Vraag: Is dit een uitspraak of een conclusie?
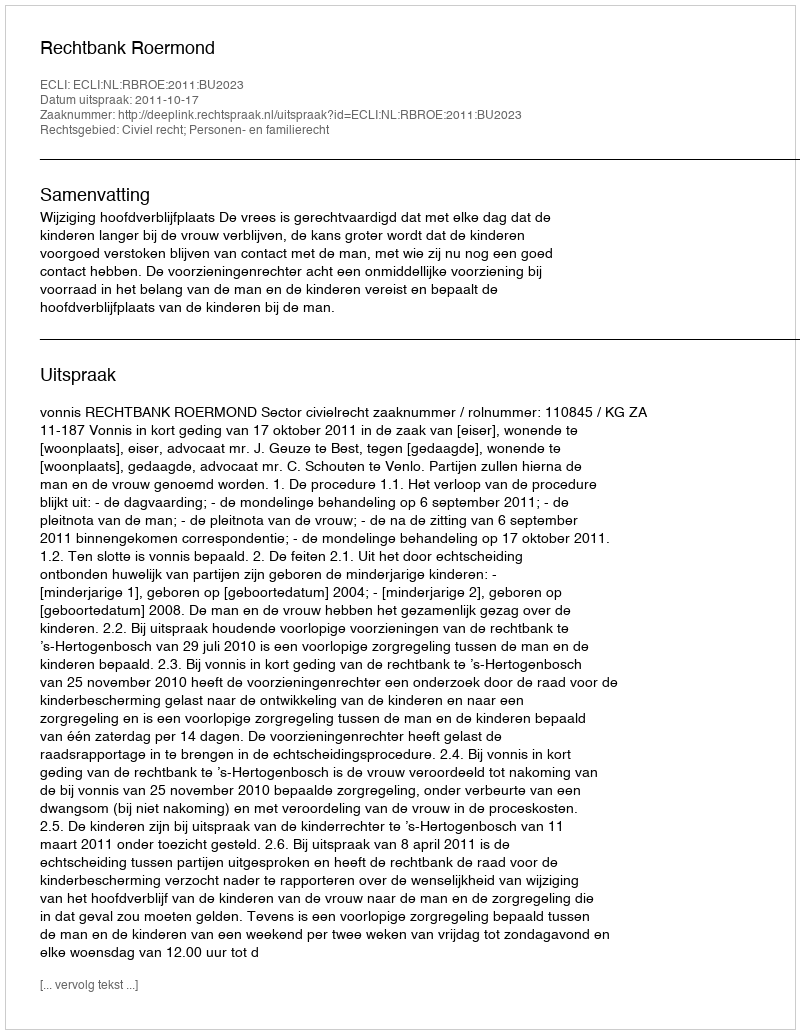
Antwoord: Uitspraak